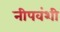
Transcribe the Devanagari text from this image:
नीपवंशी